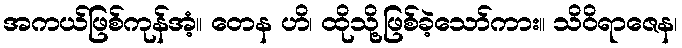
အကယ်ဖြစ်ကုန်အံ့။ တေန ဟိ၊ ထိုသို့ဖြစ်ခဲ့သော်ကား။ သိဝိရာဇေန၊